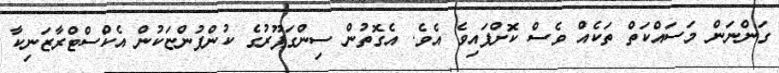
ގަންނަން މަަސައްކަތް ތަކެއް ވެސް ކޮށްފައިވެ އެވެ. އެގޮތުން ސިންގަޕޫރުގެ ކުންފުންޏަކުން އެކްސްޓްރާޒަނިކާ